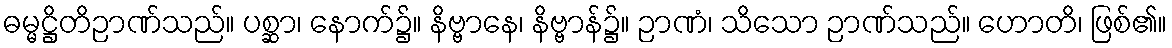
ဓမ္မဋ္ဌိတိဉာဏ်သည်။ ပစ္ဆာ၊ နောက်၌။ နိဗ္ဗာနေ၊ နိဗ္ဗာန်၌။ ဉာဏံ၊ သိသော ဉာဏ်သည်။ ဟောတိ၊ ဖြစ်၏။